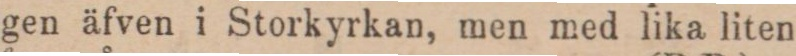
gen äfven i Storkyrkan, men med lika liten